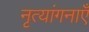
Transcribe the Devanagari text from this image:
नृत्यांगनाएँ